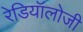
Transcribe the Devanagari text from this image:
रेडियॉलोजी